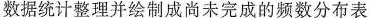
数据统计整理并绘制成尚未完成的频数分布表和